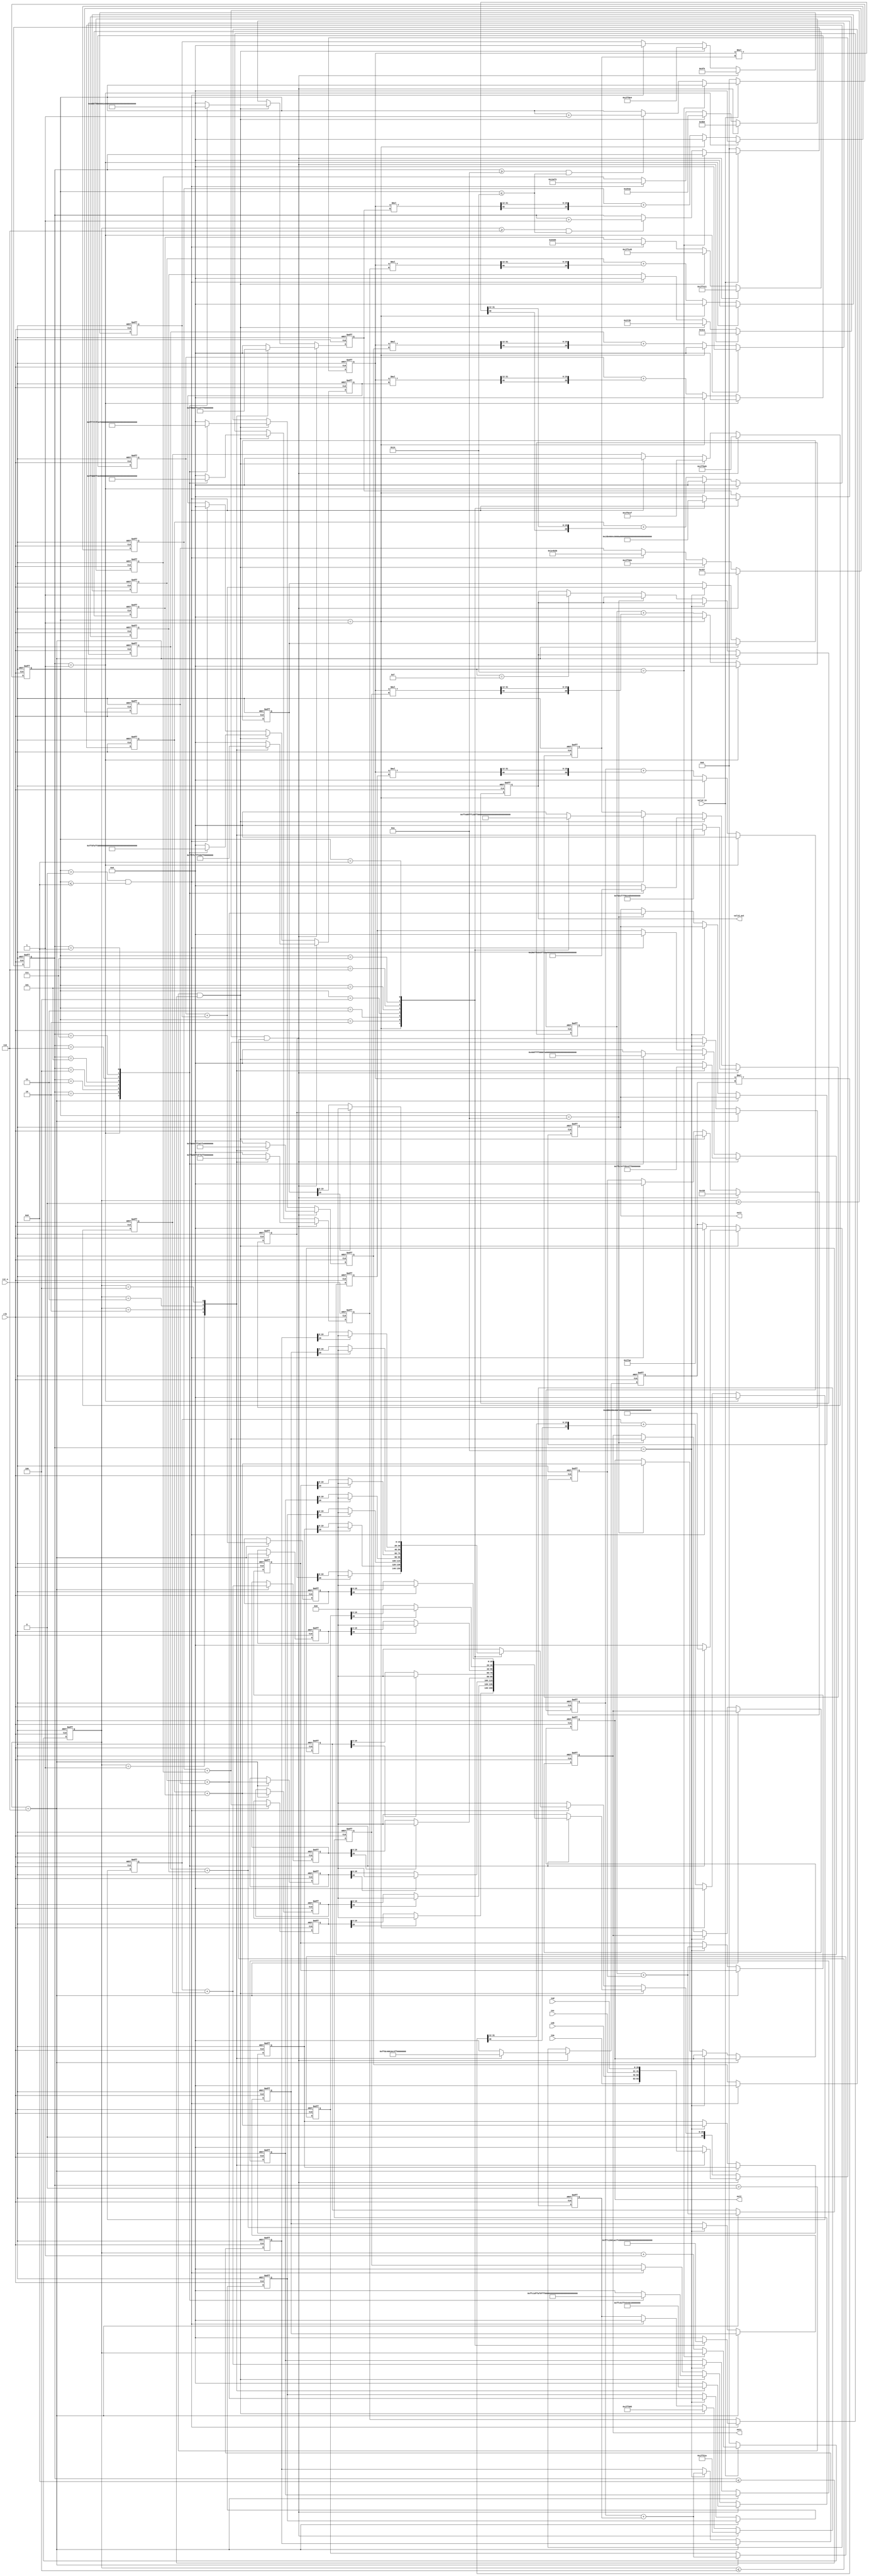
// This program was cloned from: https://github.com/YutongChenVictor/Fpga-accelerator-demos
// License: MIT License

module ann (
    input                       clk      ,
    input                       rst_n    ,

    input signed [20:0]         ina      ,
    input signed [20:0]         inb      ,
    input signed [20:0]         inc      ,
    input signed [20:0]         ind      ,
    input valid_in,

    output reg valid_out,
    output reg signed [20:0]    out1     ,
    output reg signed [20:0]    out2     ,
    output reg signed [20:0]    out3
);

parameter  w1_1 = 21'b1_1111_1111_1010_0001_1011;
parameter  w2_1 = 21'b1_1111_1101_1100_0011_1110;
parameter  w3_1 = 21'b1_1111_1111_0100_1011_0010;
parameter  w4_1 = 21'b1_1111_1111_1011_1000_1000;
parameter  w5_1 = 21'b1_1111_1111_1000_0000_0011;
parameter  w6_1 = 21'b1_1111_1101_1100_0000_1001;
parameter  w7_1 = 21'b1_1111_1111_1000_1110_1000;
parameter  w8_1 = 21'b1_1111_1110_1111_1111_1001;

parameter  w1_2 = 21'b1_1111_1111_1011_1011_0101;  
parameter  w2_2 = 21'b1_1111_1101_1010_1100_1001;
parameter  w3_2 = 21'b1_1111_1111_0111_1101_1110;
parameter  w4_2 = 21'b0_0000_0000_0100_0011_0000;
parameter  w5_2 = 21'b1_1111_1111_1001_0101_0001;
parameter  w6_2 = 21'b1_1111_1111_1110_1001_0101;
parameter  w7_2 = 21'b1_1111_1111_0101_0101_0000;
parameter  w8_2 = 21'b1_1111_1111_1111_0101_0010;

parameter  w1_3 = 21'b1_1111_1111_1010_1010_1111;  
parameter  w2_3 = 21'b0_0000_0101_1001_1100_0100;
parameter  w3_3 = 21'b1_1111_1111_0110_1001_1110;
parameter  w4_3 = 21'b1_1111_1111_1001_0010_1100;
parameter  w5_3 = 21'b0_0000_0000_0110_1100_1101;
parameter  w6_3 = 21'b1_1111_1110_1111_1101_0111;
parameter  w7_3 = 21'b1_1111_1111_1011_1100_1000;
parameter  w8_3 = 21'b1_1111_1111_0111_0011_1000;

parameter  w1_4 = 21'b0_0000_0000_0001_1011_1001;  
parameter  w2_4 = 21'b0_0000_1010_0101_1111_1101;
parameter  w3_4 = 21'b1_1111_1111_1101_1011_0101;
parameter  w4_4 = 21'b1_1111_1111_0101_1001_0011;
parameter  w5_4 = 21'b1_1111_1111_1000_1000_1000;
parameter  w6_4 = 21'b1_1111_1111_1110_1001_0010;
parameter  w7_4 = 21'b1_1111_1111_0110_1110_1011;
parameter  w8_4 = 21'b1_1111_1111_1001_0010_1110;

parameter  w1_21 = 21'b0_0000_0000_1001_1011_0000;  
parameter  w2_21 = 21'b0_0000_0000_0100_1101_1100;
parameter  w3_21 = 21'b1_1111_1111_1011_1011_0011;
parameter  w4_21 = 21'b0_0000_0000_0101_1011_0000;
parameter  w5_21 = 21'b1_1111_1111_1000_0011_1011;
parameter  w6_21 = 21'b1_1111_1111_1110_1110_1110;
parameter  w7_21 = 21'b0_0000_0000_1000_0000_0001;
parameter  w8_21 = 21'b1_1111_1111_1011_1111_0101;

parameter  w1_22 = 21'b1_1111_1110_0110_1110_0101;  
parameter  w2_22 = 21'b1_1111_1111_1000_1011_1000;
parameter  w3_22 = 21'b1_1111_1111_0110_1001_0110;
parameter  w4_22 = 21'b0_0000_1010_0010_0011_1000;
parameter  w5_22 = 21'b1_1111_1110_1011_1110_0111;
parameter  w6_22 = 21'b1_1111_1100_1101_0001_1011;
parameter  w7_22 = 21'b1_1111_1111_1111_1101_0110;
parameter  w8_22 = 21'b1_1111_1111_0111_0100_0001;

parameter  w1_23 = 21'b0_0000_0000_0001_0111_0100;  
parameter  w2_23 = 21'b1_1111_1111_1001_0001_0101;
parameter  w3_23 = 21'b0_0000_0000_0001_1100_0000;
parameter  w4_23 = 21'b0_0000_0000_0011_1110_1010;
parameter  w5_23 = 21'b1_1111_1111_1000_0011_0101;
parameter  w6_23 = 21'b1_1111_1111_1110_0101_0001;
parameter  w7_23 = 21'b0_0000_0000_0011_1100_1111;
parameter  w8_23 = 21'b1_1111_1111_1110_0101_0010;

parameter  w1_24 = 21'b1_1111_1111_0111_0010_1111;  
parameter  w2_24 = 21'b0_0000_0000_0000_1011_0100;
parameter  w3_24 = 21'b0_0000_0000_0011_0011_0101;
parameter  w4_24 = 21'b0_0000_0000_0000_0100_1011;
parameter  w5_24 = 21'b0_0000_0000_1000_1011_0101;
parameter  w6_24 = 21'b0_0000_0000_0001_1011_0010;
parameter  w7_24 = 21'b0_0000_0000_0111_1110_0111;
parameter  w8_24 = 21'b1_1111_1111_1000_1110_0110;

parameter  w1_25 = 21'b1_1111_1111_1000_1110_1111;  
parameter  w2_25 = 21'b0_0000_0000_0110_0000_0101;
parameter  w3_25 = 21'b1_1111_1111_1101_1111_1111;
parameter  w4_25 = 21'b1_1111_1111_1001_0111_0010;
parameter  w5_25 = 21'b0_0000_0000_1000_0101_1111;
parameter  w6_25 = 21'b1_1111_1111_1101_0000_0101;
parameter  w7_25 = 21'b0_0000_0000_0100_1110_1010;
parameter  w8_25 = 21'b0_0000_0000_0100_0110_1101;

parameter  w1_26 = 21'b1_1111_1111_1000_1001_0001;  
parameter  w2_26 = 21'b0_0000_0000_0010_0110_1100;
parameter  w3_26 = 21'b0_0000_0000_0100_1110_1010;
parameter  w4_26 = 21'b0_0000_0000_0000_0101_0010;
parameter  w5_26 = 21'b1_1111_1111_1011_0111_1110;
parameter  w6_26 = 21'b1_1111_1111_1001_0000_1010;
parameter  w7_26 = 21'b1_1111_1111_1110_1001_1000;
parameter  w8_26 = 21'b0_0000_0000_1001_0001_1011;

parameter  w1_27 = 21'b0_0000_0000_0011_0011_0011;  
parameter  w2_27 = 21'b0_0000_0000_0010_0110_0010;
parameter  w3_27 = 21'b1_1111_1111_1000_0111_0100;
parameter  w4_27 = 21'b0_0000_0000_1000_1100_1110;
parameter  w5_27 = 21'b1_1111_1111_1111_0000_0101;
parameter  w6_27 = 21'b0_0000_0000_0001_1000_1001;
parameter  w7_27 = 21'b1_1111_1111_1110_0011_0011;
parameter  w8_27 = 21'b1_1111_1111_1010_1101_1010;

parameter  w1_28 = 21'b0_0000_0000_0011_1111_0101;  
parameter  w2_28 = 21'b0_0000_0000_0001_0111_0001;
parameter  w3_28 = 21'b1_1111_1111_0110_0100_0100;
parameter  w4_28 = 21'b0_0000_0000_0011_0010_0000;
parameter  w5_28 = 21'b1_1111_1111_1100_1001_1011;
parameter  w6_28 = 21'b1_1111_1111_1100_0100_1010;
parameter  w7_28 = 21'b0_0000_0000_0111_1000_1111;
parameter  w8_28 = 21'b1_1111_1111_1101_0011_0100;

parameter  w1_31 = 21'b0_0000_0010_1011_0110_1000;  
parameter  w2_31 = 21'b1_1111_1110_1001_1011_0001;
parameter  w3_31 = 21'b1_1111_1110_1111_1000_0100;
parameter  w4_31 = 21'd0;
parameter  w5_31 = 21'd0;
parameter  w6_31 = 21'd0;
parameter  w7_31 = 21'd0;
parameter  w8_31 = 21'd0;

parameter  w1_32 = 21'b0_0000_0001_0011_0000_0000;  
parameter  w2_32 = 21'b1_1111_1111_1100_0100_1110;
parameter  w3_32 = 21'b0_0000_0000_0110_1011_1001;
parameter  w4_32 = 21'd0;
parameter  w5_32 = 21'd0;
parameter  w6_32 = 21'd0;
parameter  w7_32 = 21'd0;
parameter  w8_32 = 21'd0;

parameter  w1_33 = 21'b0_0000_0000_0100_1111_1111;  
parameter  w2_33 = 21'b1_1111_1111_0111_0010_0000;
parameter  w3_33 = 21'b1_1111_1111_0100_1010_1001;
parameter  w4_33 = 21'd0;
parameter  w5_33 = 21'd0;
parameter  w6_33 = 21'd0;
parameter  w7_33 = 21'd0;
parameter  w8_33 = 21'd0;

parameter  w1_34 = 21'b1_1110_1000_0111_1110_0100;  
parameter  w2_34 = 21'b0_0000_1010_1100_1010_0010;
parameter  w3_34 = 21'b0_0000_1010_1111_0010_0010;
parameter  w4_34 = 21'd0;
parameter  w5_34 = 21'd0;
parameter  w6_34 = 21'd0;
parameter  w7_34 = 21'd0;
parameter  w8_34 = 21'd0;

parameter  w1_35 = 21'b0_0000_0001_1101_1000_0001;  
parameter  w2_35 = 21'b1_1111_1111_0001_1100_1011;
parameter  w3_35 = 21'b1_1111_1111_1011_0110_0000;
parameter  w4_35 = 21'd0;
parameter  w5_35 = 21'd0;
parameter  w6_35 = 21'd0;
parameter  w7_35 = 21'd0;
parameter  w8_35 = 21'd0;

parameter  w1_36 = 21'b0_0000_0011_0000_1111_0101;  
parameter  w2_36 = 21'b1_1111_1101_1000_0010_0011;
parameter  w3_36 = 21'b1_1111_1111_0000_1110_0100;
parameter  w4_36 = 21'd0;
parameter  w5_36 = 21'd0;
parameter  w6_36 = 21'd0;
parameter  w7_36 = 21'd0;
parameter  w8_36 = 21'd0;

parameter  w1_37 = 21'b0_0000_0000_0010_0000_0111;  
parameter  w2_37 = 21'b0_0000_0000_1011_0001_1000;
parameter  w3_37 = 21'b0_0000_0000_0001_0111_0001;
parameter  w4_37 = 21'd0;
parameter  w5_37 = 21'd0;
parameter  w6_37 = 21'd0;
parameter  w7_37 = 21'd0;
parameter  w8_37 = 21'd0;

parameter  w1_38 = 21'b1_1111_1111_0100_1010_0001;  
parameter  w2_38 = 21'b0_0000_0000_0111_0001_1010;
parameter  w3_38 = 21'b1_1111_1111_1001_1011_0001;
parameter  w4_38 = 21'd0;
parameter  w5_38 = 21'd0;
parameter  w6_38 = 21'd0;
parameter  w7_38 = 21'd0;
parameter  w8_38 = 21'd0;

parameter  b1_1 = 21'b0_0000_0000_1001_1011_0101;  
parameter  b2_1 = 21'b1_1111_1111_0100_0001_0001;
parameter  b3_1 = 21'b0_0000_0000_0100_0101_0111;
parameter  b4_1 = 21'b1_1111_1111_1011_1101_0100;
parameter  b5_1 = 21'b0_0000_0000_0100_0011_1000;
parameter  b6_1 = 21'b0_0000_0000_0011_1100_1010;
parameter  b7_1 = 21'b1_1111_1111_0101_0001_1010;
parameter  b8_1 = 21'b0_0000_0000_0011_1111_0100;

parameter  b1_2 = 21'b0_0000_0010_0101_0011_1010;  
parameter  b2_2 = 21'b1_1111_1111_1110_0100_0101;
parameter  b3_2 = 21'b1_1111_1111_0110_1000_0100;
parameter  b4_2 = 21'b1_1111_0101_1110_0001_1111;
parameter  b5_2 = 21'b0_0000_0001_1111_1010_1010;
parameter  b6_2 = 21'b0_0000_0011_0111_0010_1011;
parameter  b7_2 = 21'b1_1111_1111_1001_1001_0101;
parameter  b8_2 = 21'b1_1111_1111_1000_1110_0100;

parameter  b1_3 = 21'b0_0001_0011_1110_1111_0010;  
parameter  b2_3 = 21'b0_0000_1000_0011_0000_0101;
parameter  b3_3 = 21'b1_1110_0100_1011_0011_1011;
parameter  b4_3 = 21'd0;
parameter  b5_3 = 21'd0;
parameter  b6_3 = 21'd0;
parameter  b7_3 = 21'd0;
parameter  b8_3 = 21'd0;

reg signed [20:0]         w1      ;
reg signed [20:0]         w2      ;
reg signed [20:0]         w3      ;
reg signed [20:0]         w4      ;
reg signed [20:0]         w5      ;
reg signed [20:0]         w6      ;
reg signed [20:0]         w7      ;
reg signed [20:0]         w8      ;
reg signed [20:0]         b1      ;
reg signed [20:0]         b2      ;
reg signed [20:0]         b3      ;
reg signed [20:0]         b4      ;
reg signed [20:0]         b5      ;
reg signed [20:0]         b6      ;
reg signed [20:0]         b7      ;
reg signed [20:0]         b8      ;


reg signed   [20:0]         in1 ;

reg signed   [40:0]         sum1_1 ;
reg signed   [20:0]         sum_1 ;
reg signed   [40:0]         sum1_2 ;
reg signed   [20:0]         sum_2 ;
reg signed   [40:0]         sum1_3 ;
reg signed   [20:0]         sum_3 ;
reg signed   [40:0]         sum1_4 ;
reg signed   [20:0]         sum_4 ;
reg signed   [40:0]         sum1_5 ;
reg signed   [20:0]         sum_5 ;
reg signed   [40:0]         sum1_6 ;
reg signed   [20:0]         sum_6 ;
reg signed   [40:0]         sum1_7 ;
reg signed   [20:0]         sum_7 ;
reg signed   [40:0]         sum1_8 ;
reg signed   [20:0]         sum_8 ;

reg signed   [20:0]         sum2_1 ;
reg signed   [20:0]         sum2_2 ;
reg signed   [20:0]         sum2_3 ;
reg signed   [20:0]         sum2_4 ;
reg signed   [20:0]         sum2_5 ;
reg signed   [20:0]         sum2_6 ;
reg signed   [20:0]         sum2_7 ;
reg signed   [20:0]         sum2_8 ;

reg [7:0]cnt_1;
reg [7:0] cnt_2;
reg [7:0] cnt_3;

reg signed   [20:0]         suma ;
reg signed   [20:0]         sumb ;
reg signed   [20:0]         sumc ;
reg signed   [20:0]         sumd ;
reg signed   [20:0]         sume ;
reg signed   [20:0]         sumf ;
reg signed   [20:0]         sumg ;
reg signed   [20:0]         sumh ;
reg signed   [20:0]         suma_1 ;
reg signed   [20:0]         sumb_1 ;
reg signed   [20:0]         sumc_1 ;
reg signed   [20:0]         sumd_1 ;
reg signed   [20:0]         sume_1 ;
reg signed   [20:0]         sumf_1 ;
reg signed   [20:0]         sumg_1 ;
reg signed   [20:0]         sumh_1 ;

wire signed   [20:0] suma1  ;
wire signed   [20:0] sumb1  ;
wire signed   [20:0] sumc1  ;
wire signed   [20:0] sumd1  ;
wire signed   [20:0] sume1  ;
wire signed   [20:0] sumf1  ;
wire signed   [20:0] sumg1  ;
wire signed   [20:0] sumh1  ;
wire signed   [20:0] suma_11 ;
wire signed   [20:0] sumb_11 ;
wire signed   [20:0] sumc_11 ;
wire signed   [20:0] sumd_11 ;
wire signed   [20:0] sume_11 ;
wire signed   [20:0] sumf_11 ;
wire signed   [20:0] sumg_11 ;
wire signed   [20:0] sumh_11 ;



always @(posedge clk or negedge rst_n) begin
    if (!rst_n) begin
    sum1_1 = 41'd0;
    sum_1  = 21'd0;
    sum2_1  = 21'd0;
    end
    else if (cnt_2 == 8'd1) begin
          sum_1 =  21'd0;
    end
    else if (cnt_3 == 8'd1) begin
     sum_1 =  21'd0;
   end
   else begin
    sum1_1 = in1 * w1;
    sum2_1 = {sum1_1[40],sum1_1[31:24],sum1_1[23:12]}; 
    sum_1 =sum_1 +sum2_1;
   end 
end

always @(posedge clk or negedge rst_n) begin
    if (!rst_n) begin
    sum1_2 = 41'd0;
    sum_2  = 21'd0;
    sum2_2  = 21'd0;
    end
   else if (cnt_2 == 8'd1) begin
          sum_2 =  21'd0;
    end
    else if (cnt_3 == 8'd1) begin
     sum_2 =  21'd0;
   end
   else begin
    sum1_2 = in1 * w2;
    sum2_2 = {sum1_2[40],sum1_2[31:24],sum1_2[23:12]}; 
    sum_2 =sum_2 +sum2_2;
   end 
end

always @(posedge clk or negedge rst_n) begin
    if (!rst_n) begin
    sum1_3 = 41'd0;
    sum_3  = 21'd0;
    sum2_3  = 21'd0;
    end
  else if (cnt_2 == 8'd1) begin
          sum_3 =  21'd0;
    end
    else  if (cnt_3 == 8'd1) begin
     sum_3 =  21'd0;
   end
   else begin
    sum1_3 = in1 * w3;
    sum2_3 = {sum1_3[40],sum1_3[31:24],sum1_3[23:12]}; 
    sum_3 =sum_3 +sum2_3;
   end 
end

always @(posedge clk or negedge rst_n) begin
    if (!rst_n) begin
    sum1_4 = 41'd0;
    sum_4  = 21'd0;
    sum2_4  = 21'd0;
    end
   else if (cnt_2 == 8'd1) begin
          sum_4 =  21'd0;
    end
    else  if (cnt_3 == 8'd1) begin
     sum_4 =  21'd0;
   end
   else begin
    sum1_4 = in1 * w4;
    sum2_4 = {sum1_4[40],sum1_4[31:24],sum1_4[23:12]}; 
    sum_4 =sum_4 +sum2_4;
   end 
end

always @(posedge clk or negedge rst_n) begin
    if (!rst_n) begin
    sum1_5 = 41'd0;
    sum_5  = 21'd0;
    sum2_5  = 21'd0;
    end
   else if (cnt_2 == 8'd1) begin
          sum_5 =  21'd0;
    end
    else if (cnt_3 == 8'd1) begin
     sum_5 =  21'd0;
   end
   else begin
    sum1_5 = in1 * w5;
    sum2_5 = {sum1_5[40],sum1_5[31:24],sum1_5[23:12]}; 
    sum_5 =sum_5 +sum2_5;
   end 
end

always @(posedge clk or negedge rst_n) begin
    if (!rst_n) begin
    sum1_6 = 41'd0;
    sum_6  = 21'd0;
    sum2_6  = 21'd0;
    end
   else if (cnt_2 == 8'd1) begin
          sum_6 =  21'd0;
    end
    else if (cnt_3 == 8'd1) begin
     sum_6 =  21'd0;
   end
   else begin
    sum1_6 = in1 * w6;
    sum2_6= {sum1_6[40],sum1_6[31:24],sum1_6[23:12]}; 
    sum_6 =sum_6 +sum2_6;
   end 
end


always @(posedge clk or negedge rst_n) begin
    if (!rst_n) begin
    sum1_7 = 41'd0;
    sum_7  = 21'd0;
    sum2_7  = 21'd0;
    end
   else if (cnt_2 == 8'd1) begin
          sum_7 =  21'd0;
    end
    else if (cnt_3 == 8'd1) begin
     sum_7 =  21'd0;
   end
   else begin
    sum1_7 = in1 * w7;
    sum2_7 = {sum1_7[40],sum1_7[31:24],sum1_7[23:12]}; 
    sum_7 =sum_7+sum2_7;
   end 
end

always @(posedge clk or negedge rst_n) begin
    if (!rst_n) begin
    sum1_8 = 41'd0;
    sum_8  = 21'd0;
    sum2_8 = 21'd0;
    end
   else if (cnt_2 == 8'd1) begin
          sum_8 =  21'd0;
    end
    else  if (cnt_3 == 8'd1) begin
     sum_8 =  21'd0;
   end
   else begin
    sum1_8 = in1 * w8;
    sum2_8 = {sum1_8[40],sum1_8[31:24],sum1_8[23:12]}; 
    sum_8 =sum_8 +sum2_8;
   end 
end

always @(posedge clk or negedge rst_n) begin
    if (!rst_n) begin
	
        cnt_1<= 8'd0;
        cnt_2<= 8'd0;
        cnt_3<= 8'd0;
    end
    else if(valid_in == 1'd1) begin
        cnt_1 <= cnt_1 + 1'd1;
        if(cnt_1>=8'd6 && cnt_3 <=8'd20)
          cnt_2 <=cnt_2 + 1'd1;
        if(cnt_2 >= 8'd10 && cnt_3 <=8'd20)
        cnt_3<=cnt_3 + 1'd1;
        if(cnt_3 ==8'd20)begin
        cnt_1<= cnt_1;
        cnt_2<=cnt_2 ;
        cnt_3<= cnt_3;
     end
end
   

	else begin
	    cnt_1<= 8'd0;
        cnt_2<= 8'd0;
        cnt_3<= 8'd0;
    end
end

always @(posedge clk or negedge rst_n) begin
    if (!rst_n)begin
	 valid_out<=1'd0;
       suma<= 21'd0;
       sumb<= 21'd0;
       sumc<= 21'd0;
       sumd<= 21'd0;
       sume<= 21'd0;
       sumf<= 21'd0;
       sumg<= 21'd0;
       sumh<= 21'd0;

       suma_1<= 21'd0;
       sumb_1<= 21'd0;
       sumc_1<= 21'd0;
       sumd_1<= 21'd0;
       sume_1<= 21'd0;
       sumf_1<= 21'd0;
       sumg_1<= 21'd0;
       sumh_1<= 21'd0;

       out1<= 21'd0;
       out2<= 21'd0;
       out3<= 21'd0;
    end
    else if (cnt_1 == 8'd6) begin
         suma<= sum_1+b1;
         sumb<= sum_2+b2;
         sumc<= sum_3+b3;
         sumd<= sum_4+b4;
         sume<= sum_5+b5;
         sumf<= sum_6+b6;
         sumg<= sum_7+b7;
         sumh<= sum_8+b8;
    end
    else if (cnt_2 == 8'd10) begin
        suma_1<= sum_1+b1;
        sumb_1<= sum_2+b2;
        sumc_1<= sum_3+b3;
        sumd_1<= sum_4+b4;
        sume_1<= sum_5+b5;
        sumf_1<= sum_6+b6;
        sumg_1<= sum_7+b7;
        sumh_1<= sum_8+b8;
     end
   else if (cnt_3 == 8'd10) begin
     out1<= sum_1+b1;
     out2<= sum_2+b2;
     out3<= sum_3+b3;
    end
    else if(cnt_3 == 8'd15)
      valid_out<=1'd1;
end



 assign suma1   = (suma[20] == 1'd0 )? suma: 21'b0;
 assign sumb1   = (sumb[20] == 1'd0 )? sumb: 21'b0;
 assign sumc1   = (sumc[20] == 1'd0 )? sumc: 21'b0;
 assign sumd1   = (sumd[20] == 1'd0 )? sumd: 21'b0;
 assign sume1   = (sume[20] == 1'd0 )? sume: 21'b0;
 assign sumf1   = (sumf[20] == 1'd0 )? sumf: 21'b0;
 assign sumg1   = (sumg[20] == 1'd0 )? sumg: 21'b0;
 assign sumh1   = (sumh[20] == 1'd0 )? sumh: 21'b0;
 assign suma_11 = (suma_1[20] == 1'd0 )? suma_1: 21'b0;
 assign sumb_11 = (sumb_1[20] == 1'd0 )? sumb_1: 21'b0;
 assign sumc_11 = (sumc_1[20] == 1'd0 )? sumc_1: 21'b0;
 assign sumd_11 = (sumd_1[20] == 1'd0 )? sumd_1: 21'b0;
 assign sume_11 = (sume_1[20] == 1'd0 )? sume_1: 21'b0;
 assign sumf_11 = (sumf_1[20] == 1'd0 )? sumf_1: 21'b0;
 assign sumg_11 = (sumg_1[20] == 1'd0 )? sumg_1: 21'b0;
 assign sumh_11 = (sumh_1[20] == 1'd0 )? sumh_1: 21'b0;

always @(posedge clk or negedge rst_n) begin
    if (!rst_n) begin
        in1<=21'd0;
		  b1 <=  0;
	      b2 <=  0;
	      b3 <=  0;
	      b4 <=  0;
	      b5 <=  0;
	      b6 <=  0;
	      b7 <=  0;
	      b8 <=  0;
		  w1 <= 0  ;
		  w2 <= 0  ;
		  w3 <= 0  ;
		  w4 <= 0  ;
		  w5 <= 0  ;
		  w6 <= 0  ;
		  w7 <= 0  ;
		  w8 <= 0  ;
		  
    end
    else if (cnt_1 > 8'd0&&cnt_1 <= 8'd4)begin
	      b1 <=  b1_1;
	      b2 <=  b2_1;
	      b3 <=  b3_1;
	      b4 <=  b4_1;
	      b5 <=  b5_1;
	      b6 <=  b6_1;
	      b7 <=  b7_1;
	      b8 <=  b8_1;
	
        case(cnt_1)
         8'd1: begin  
		        in1 <= ina;
		        w1 <= w1_1  ;
				w2 <= w2_1  ;
				w3 <= w3_1  ;
				w4 <= w4_1  ;
				w5 <= w5_1  ;
				w6 <= w6_1  ;
				w7 <= w7_1  ;
				w8 <= w8_1  ;
				end		
         8'd2:  begin
		        in1 <= inb;
		        w1 <= w1_2  ;
				w2 <= w2_2  ;
				w3 <= w3_2  ;
				w4 <= w4_2  ;
				w5 <= w5_2  ;
				w6 <= w6_2  ;
				w7 <= w7_2  ;
				w8 <= w8_2  ;
				end
         8'd3:  begin
		        in1 <= inc;
		        w1 <= w1_3  ;
				w2 <= w2_3  ;
				w3 <= w3_3  ;
				w4 <= w4_3  ;
				w5 <= w5_3  ;
				w6 <= w6_3  ;
				w7 <= w7_3  ;
				w8 <= w8_3  ;
				end
         8'd4:  begin
		        in1 <= ind;
		        w1 <= w1_4  ;
				w2 <= w2_4  ;
				w3 <= w3_4  ;
				w4 <= w4_4  ;
				w5 <= w5_4  ;
				w6 <= w6_4  ;
				w7 <= w7_4  ;
				w8 <= w8_4  ;
		        end
         default: begin
		        in1<=0;
		        w1 <= 0  ;
				w2 <= 0  ;
				w3 <= 0  ;
				w4 <= 0  ;
				w5 <= 0  ;
				w6 <= 0  ;
				w7 <= 0  ;
				w8 <= 0  ;
				end
        endcase          
    end
    else if (cnt_2 > 8'd0&&cnt_2 <= 8'd8) begin
	      b1 <=  b1_2;
	      b2 <=  b2_2;
	      b3 <=  b3_2;
	      b4 <=  b4_2;
	      b5 <=  b5_2;
	      b6 <=  b6_2;
	      b7 <=  b7_2;
	      b8 <=  b8_2;
         case(cnt_2)
          8'd1: begin
		        in1 <= suma1;
		        w1 <= w1_21  ;
				w2 <= w2_21  ;
				w3 <= w3_21  ;
				w4 <= w4_21  ;
				w5 <= w5_21  ;
				w6 <= w6_21  ;
				w7 <= w7_21  ;
				w8 <= w8_21  ;
				end
          8'd2: begin 
		        in1 <= sumb1;
		        w1 <= w1_22  ;
				w2 <= w2_22  ;
				w3 <= w3_22  ;
				w4 <= w4_22  ;
				w5 <= w5_22  ;
				w6 <= w6_22  ;
				w7 <= w7_22  ;
				w8 <= w8_22  ; 
                end				
          8'd3:  begin
				in1 <= sumc1;
		        w1 <= w1_23  ;
				w2 <= w2_23  ;
				w3 <= w3_23  ;
				w4 <= w4_23  ;
				w5 <= w5_23  ;
				w6 <= w6_23  ;
				w7 <= w7_23  ;
				w8 <= w8_23  ;
				end
          8'd4: begin
		        in1 <= sumd1;
		        w1 <= w1_24  ;
				w2 <= w2_24  ;
				w3 <= w3_24  ;
				w4 <= w4_24  ;
				w5 <= w5_24  ;
				w6 <= w6_24  ;
				w7 <= w7_24  ;
				w8 <= w8_24  ;
				end
          8'd5:  begin
		        in1 <= sume1;
		        w1 <= w1_25  ;
				w2 <= w2_25  ;
				w3 <= w3_25  ;
				w4 <= w4_25  ;
				w5 <= w5_25  ;
				w6 <= w6_25  ;
				w7 <= w7_25  ;
				w8 <= w8_25  ;
				end
          8'd6:  begin
		        in1 <= sumf1;
		        w1 <= w1_26  ;
				w2 <= w2_26  ;
				w3 <= w3_26  ;
				w4 <= w4_26  ;
				w5 <= w5_26  ;
				w6 <= w6_26  ;
				w7 <= w7_26  ;
				w8 <= w8_26  ;
				end
          8'd7:  begin
		        in1 <= sumg1;
		        w1 <= w1_27 ;
				w2 <= w2_27 ;
				w3 <= w3_27 ;
				w4 <= w4_27 ;
				w5 <= w5_27 ;
				w6 <= w6_27 ;
				w7 <= w7_27 ;
				w8 <= w8_27 ;
				end
          8'd8:  begin
		        in1 <= sumh1;
		        w1 <= w1_28  ;
				w2 <= w2_28  ;
				w3 <= w3_28  ;
				w4 <= w4_28  ;
				w5 <= w5_28  ;
				w6 <= w6_28  ;
				w7 <= w7_28  ;
				w8 <= w8_28  ;
				end
          default:begin
		        in1<=0;
		        w1 <= 0  ;
				w2 <= 0  ;
				w3 <= 0  ;
				w4 <= 0  ;
				w5 <= 0  ;
				w6 <= 0  ;
				w7 <= 0  ;
				w8 <= 0  ;
				end
        endcase         
    end
    else if (cnt_3 > 8'd0 && cnt_3 <= 8'd8) begin
	      b1 <=  b1_3;
	      b2 <=  b2_3;
	      b3 <=  b3_3;
	      b4 <=  b4_3;
	      b5 <=  b5_3;
	      b6 <=  b6_3;
	      b7 <=  b7_3;
	      b8 <=  b8_3;
     case(cnt_3)
      8'd1:  begin
	            in1 <= suma_11;
	            w1 <= w1_31  ;
				w2 <= w2_31  ;
				w3 <= w3_31  ;
				w4 <= w4_31  ;
				w5 <= w5_31  ;
				w6 <= w6_31  ;
				w7 <= w7_31  ;
				w8 <= w8_31  ;
				end
      8'd2:  begin
	            in1 <= sumb_11;
	            w1 <= w1_32  ;
				w2 <= w2_32  ;
				w3 <= w3_32  ;
				w4 <= w4_32  ;
				w5 <= w5_32  ;
				w6 <= w6_32  ;
				w7 <= w7_32  ;
				w8 <= w8_32  ;
				end
      8'd3:    begin
             	in1 <= sumc_11;
	            w1 <= w1_33  ;
				w2 <= w2_33  ;
				w3 <= w3_33  ;
				w4 <= w4_33  ;
				w5 <= w5_33  ;
				w6 <= w6_33  ;
				w7 <= w7_33  ;
				w8 <= w8_33  ;
				end
      8'd4:   begin
	            in1 <= sumd_11;
	            w1 <= w1_34  ;
				w2 <= w2_34  ;
				w3 <= w3_34  ;
				w4 <= w4_34  ;
				w5 <= w5_34  ;
				w6 <= w6_34  ;
				w7 <= w7_34  ;
				w8 <= w8_34  ;
				end
      8'd5:  begin
	            in1 <= sume_11;
	            w1 <= w1_35  ;
				w2 <= w2_35  ;
				w3 <= w3_35  ;
				w4 <= w4_35  ;
				w5 <= w5_35  ;
				w6 <= w6_35  ;
				w7 <= w7_35  ;
				w8 <= w8_35  ;
				end
      8'd6:  begin
	            in1 <= sumf_11;
	            w1 <= w1_36  ;
				w2 <= w2_36  ;
				w3 <= w3_36  ;
				w4 <= w4_36  ;
				w5 <= w5_36  ;
				w6 <= w6_36  ;
				w7 <= w7_36  ;
				w8 <= w8_36  ;
				end
      8'd7:  begin
	            in1 <= sumg_11;
	            w1 <= w1_37  ;
				w2 <= w2_37  ;
				w3 <= w3_37  ;
				w4 <= w4_37  ;
				w5 <= w5_37  ;
				w6 <= w6_37  ;
				w7 <= w7_37  ;
				w8 <= w8_37  ;
				end
      8'd8:  begin
	            in1 <= sumh_11;
	            w1 <= w1_38  ;
				w2 <= w2_38  ;
				w3 <= w3_38  ;
				w4 <= w4_38  ;
				w5 <= w5_38  ;
				w6 <= w6_38  ;
				w7 <= w7_38  ;
				w8 <= w8_38  ;
				end
      default:begin
	            in1<=0;
	            w1 <= 0  ;
				w2 <= 0  ;
				w3 <= 0  ;
				w4 <= 0  ;
				w5 <= 0  ;
				w6 <= 0  ;
				w7 <= 0  ;
				w8 <= 0  ;
				end
    endcase          
   end
   else
       in1<=21'd0;
end




endmodule